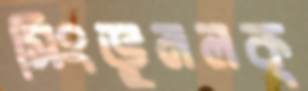
সিংভুমলক্